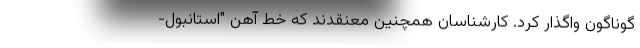
گوناگون واگذار کرد. کارشناسان همچنین معنقدند که خط آهن "استانبول-